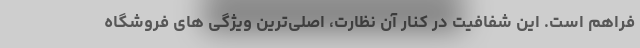
فراهم است. این شفافیت در کنار آن نظارت، اصلی‌ترین ویژگی های فروشگاه